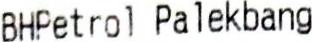
BHPETROL PALEKBANG